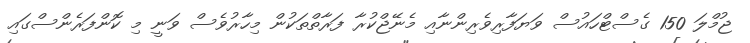
ޖުމްލަ 150 ގެސްޓްހައުސް ވަޔަފާރިވެރިންނާއި މެނޭޖްކުރާ ފަރާތްތަކުން މިހާރުވެސް ވަނީ މި ކޮންފަރެންސްގައި